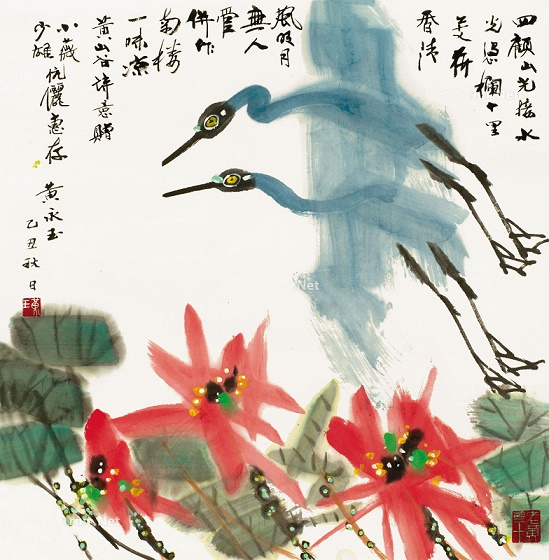
清风明月无人管，并作南楼一味凉。